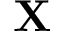
\mathbf { X }